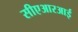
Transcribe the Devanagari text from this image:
सीएआरआई